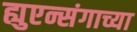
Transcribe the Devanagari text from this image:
ह्युएन्संगाच्या